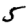
Digit: 5